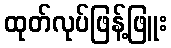
ထုတ်လုပ်ဖြန့်ဖြူး